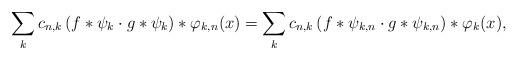
LaTeX: \begin{align*}\sum_k c_{n, k} \left( f \ast \psi_k \cdot g \ast \psi_k \right)\ast \varphi_{k, n}(x)=\sum_k c_{n, k} \left( f \ast \psi_{k,n} \cdot g \ast \psi_{k,n} \right)\ast \varphi_{k}(x),\end{align*}